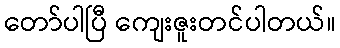
တော်ပါပြီ ကျေးဇူးတင်ပါတယ်။